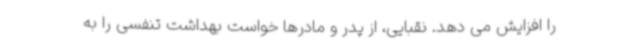
را افزایش می دهد. نقبایی، از پدر و مادرها خواست بهداشت تنفسی را به